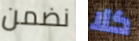
نضمن كلا